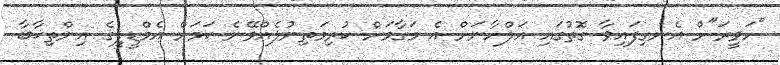
"ހަވީރަ"ށް އެނގިފައިވާ ގޮތުގައި އަލްހާނަށް އެ މަގާމަށް ކުރިމަތިނުލެއްވޭނެ ކަމަށް އެމްޑީޕީގެ އިންތިޚާބާ